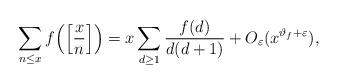
LaTeX: \begin{align*}\sum_{n\le x} f\Big(\Big[\frac{x}{n}\Big]\Big)= x\sum_{d\ge 1} \frac{f(d)}{d(d+1)} + O_{\varepsilon}(x^{\vartheta_f+\varepsilon}),\end{align*}